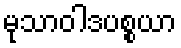
မုသာဝါဒပစ္စယာ